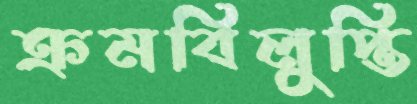
ক্রমবিলুপ্তি